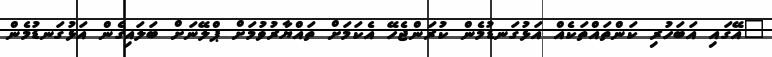
"އޭގައި އަބަހުރި ކަންތައްތަކެއް އަޅުގަނޑުމެން ކުރަންޖެހޭ އެކަމަށް ތައްޔާރުވުމަށް ޕްލޭނަށް ބަލައިގެން އަޅުގަނޑުމެން